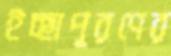
ইচ্ছাপূরণের